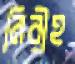
নিরীহ